Annual report of the Central Committee of the Association together with the report of the directors of the Pasteur Institute at Kasauli
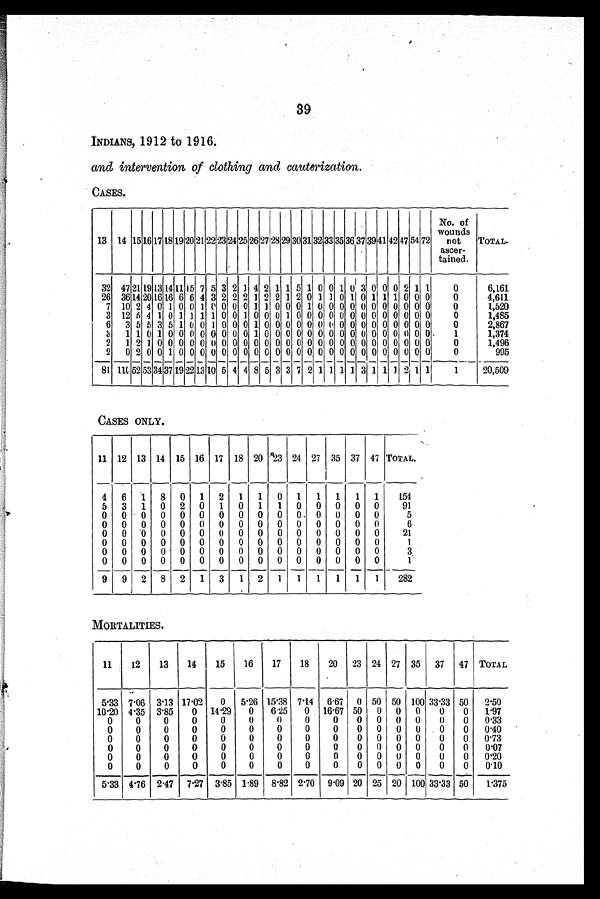
39
INDIANS, 1912 to 1916.
and intervention of clothing and cauterization.
CASES.
13 14 15 16 17 18 19 20 21 22 23 24 25 26 27 28 29 30 31 32 33 35 36 37 39 41 42 47 54 72
No. of
wounds
not
ascer-
tained.
TOTAL.
32 472119 13 14 11 15 7 5 3 2 1 4 2 1 1 5 1 0 0 1 0 3 0 0 0 2 1 1
0
6,161
26 36 14 20 16 16 6 6 4 3 2 2 2 1 2 2 1 2 0 1 1 0 1 0 1 1 1 0 0 0
0
4,611
7 10 2 4 0 1 0 0 1 0 0 0 0 1 1 0 0 0 1 0 0 0 0 0 0 0 0 0 0 0
0
1,520
3 12 5 5 1 0 1 1 1 1 0 0 1 0 0 0 1 0 0 0 0 0 0 0 0 0 0 0 0 0
0
1,485
6 3 5 5 3 5 1 0 0 1 0 0 0 1 0 0 0 0 0 0 00 0 0 0 0 0 0 0 0 0
0
2,867
3 1 1 0 1 0 0 0 0 0 0 0 0 1 0 0 0 0 0 0 0 0 0 0 0 0 0 0
1
1,374
2 1 2 1 0 0 0 0 0 0 0 0 0 0 0 0 0 0 0 0 0 0 0 0 0 0 0 0
0
1,496
2
—
0 2 0 0 1 0 0 0 0 0
-
0 0 0 0 0
—
0
—
0 0 0 0
—
0
—
0 0 0 0 0 0 0 0
0
995
8 1
1 1 0 5 2 5 3
34 37 19 22 13 10 5 4 4 8 5 3 3 7
2
1 1 1 1 3
1 1
1
2
1 1
1
20,509
CASES ONLY.
11 12 13 14 15 16 17 18 20 23 24 27 35 37 47 TOTAL.
4 6 1 8 0 1 2 1 1 0 1 1 1 1 1
154
5 3 1 0 2 0 1 0 1 1 0 0 0 0 0
91
0 0 0 0 0 0 0 0 0 0 0. 0 0 0 0
5
0 0 0 0 0
0 0 0 0 0 0 0 0 0 0
6
0 0 0 0 0 0 0 0 0 0 0 0 0 0 0
21
0 0 0 0 0 0 0 0 0 0 0 0 0 0 0
1
0 0 0 0 0 0 0 0 0 0 0 0 0 0 0
3
0 0 0 0 0 0 0 0 0 0 0 0 0 0 0
1
9 9 2 8 2 1 3 1 2 1 1 1 1 1 1
282
MORTALITIES.
11
12
13
14
15
16
17
18
20 23 24 27 35 37 47 TOTAL
5.33 7 .06 3.13 17.02 0 5.26 15.38 7.14 6.67 0 50 50 100 33.33 50 2.50
10 .20 4.35 3.85
0 14.29 0 6 .25 0 16.67 50 0 0 0
0
0 1.97
0
0
0
0
0
0
0
0
0
0 0 0 0
0
0 0.33
0
0
0
0
0
0
0
0
0
0 0 0 0
0
0 0.40
0
0
0
0
0
0
0
0
0
0 0 0 0
0
0 0.73
0
0
0
0
0
0
0
0
0
0 0 0 0
0
0 0.07
0
0
0
0
0
0
0
0
0
0 0 0 0
0
0 0.20
0
0
0
0
0
0
0
0
0
0 0 0 0
0
0 0.10
5.33
4 . 7 6 2.47 7.27 3.85 1.89 8.82 2.70 9.09 20 25 20 100 33.33 50
1.375